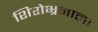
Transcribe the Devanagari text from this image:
शिरोभ्रमाला